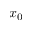
x _ { 0 }